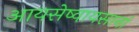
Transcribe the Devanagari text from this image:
आयसेष्वायसानां